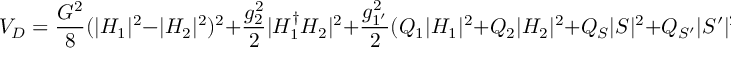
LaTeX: V _ { D } = \frac { G ^ { 2 } } { 8 } ( | H _ { 1 } | ^ { 2 } - | H _ { 2 } | ^ { 2 } ) ^ { 2 } + \frac { g _ { 2 } ^ { 2 } } { 2 } | H _ { 1 } ^ { \dagger } H _ { 2 } | ^ { 2 } + \frac { g _ { 1 ^ { \prime } } ^ { 2 } } { 2 } ( Q _ { 1 } | H _ { 1 } | ^ { 2 } + Q _ { 2 } | H _ { 2 } | ^ { 2 } + Q _ { S } | S | ^ { 2 } + Q _ { S ^ { \prime } } | S ^ { \prime } | ^ { 2 } ) ^ { 2 } ;